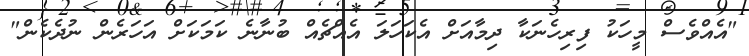
"އެއްވެސް މީހަކު ފިރިހެނަކާ ދިމާއަށް އެކަހަލަ އެއްޗެއް ބުނާނެ ކަމަކަށް އަހަރެން ނުދެކެން"